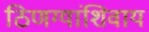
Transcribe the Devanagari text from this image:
ठिणग्यांशिवाय